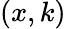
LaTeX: (x,k)